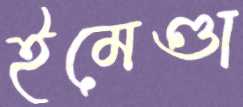
ইমেণ্ডা